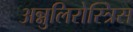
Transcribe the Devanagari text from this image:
अन्नुलिरोस्त्रिस